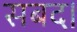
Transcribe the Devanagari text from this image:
सबद।